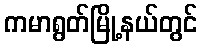
ကမာရွတ်မြို့နယ်တွင်